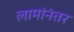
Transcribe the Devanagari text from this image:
लामांनंतर